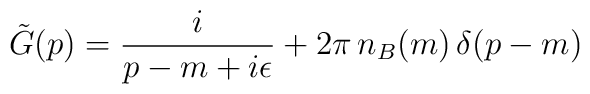
\tilde G(p)=\frac{i}{p-m+i\epsilon}+2\pi\,n_B(m)\,\delta(p-m)